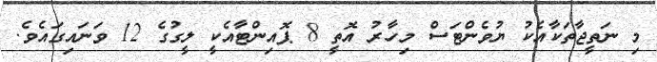
މި ނަތީޖާތަކާއެކު ޔުވެންޓަސް މިހާރު އޮތީ 8 ޕޮއިންޓާއެކީ ލީގުގެ 12 ވަނައިގައެވެ.